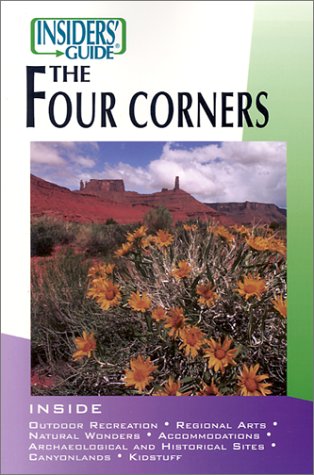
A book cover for Insiders' Guide to Four Corners (Insiders' Guide Series); Dorothy Nobis; Travel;